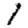
Digit: 1